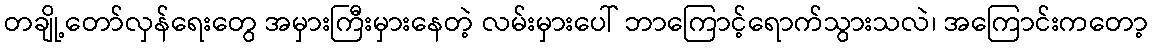
တချို့တော်လှန်ရေးတွေ အမှားကြီးမှားနေတဲ့ လမ်းမှားပေါ် ဘာကြောင့်ရောက်သွားသလဲ၊ အကြောင်းကတော့